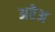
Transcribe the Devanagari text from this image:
अरेअ